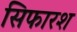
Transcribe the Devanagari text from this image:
सिफारश